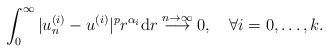
LaTeX: \begin{align*}\int_0^\infty|u_n^{(i)}-u^{(i)}|^pr^{\alpha_i}\mathrm dr\overset{n\to\infty}\longrightarrow0,\quad\forall i=0,\ldots,k.\end{align*}